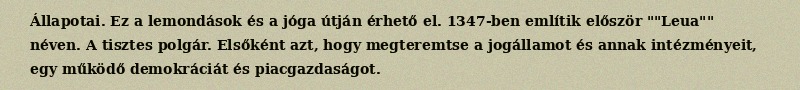
Állapotai. Ez a lemondások és a jóga útján érhető el. 1347-ben említik először ""Leua"" néven. A tisztes polgár. Elsőként azt, hogy megteremtse a jogállamot és annak intézményeit, egy működő demokráciát és piacgazdaságot.